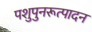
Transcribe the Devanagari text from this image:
पशुपुनरूत्पादन